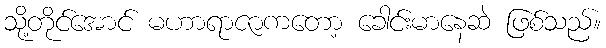
သို့တိုင်အောင် မဟာရာဇာကတော့ ခေါင်းမာနေဆဲ ဖြစ်သည်။